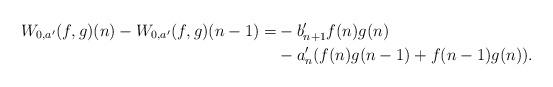
LaTeX: \begin{align*} W_{0,a'}(f,g)(n)-W_{0,a'}(f,g)(n-1)=&-b'_{n+1}f(n)g(n)\\ &-a'_n(f(n)g(n-1)+f(n-1)g(n)). \end{align*}